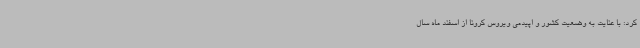
کرد: با عنایت به وضعیت کشور و اپیدمی ویروس کرونا از اسفند ماه سال